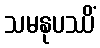
သမနုပဿိံ